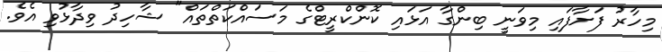
މިހާރު ފަށާފައި މިވަނީ ބިންގާ އަޅައި ކޮންކްރީޓްގެ މަސައްކަތްތައް" ޝާހިދު ވިދާޅުވި އެވެ.